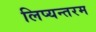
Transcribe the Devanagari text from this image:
लिप्यन्तरम